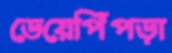
ডেয়েপিঁপড়া